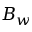
B _ { w }